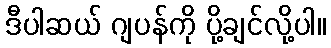
ဒီပါဆယ် ဂျပန်ကို ပို့ချင်လို့ပါ။